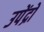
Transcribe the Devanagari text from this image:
उपेंद्रो